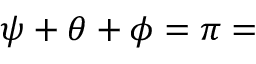
\psi + \theta + \phi = \pi =